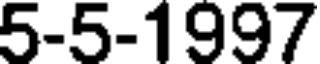
5-5-1997